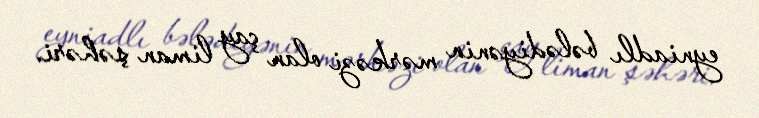
eyniadlı bələdiyənin mərkəzi olan çay liman şəhəri.